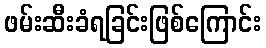
ဖမ်းဆီးခံရခြင်းဖြစ်ကြောင်း